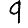
Digit: 9